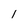
Character: l